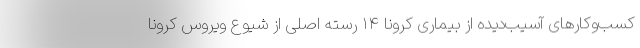
کسب‌وکارهای آسیب‌دیده از بیماری کرونا ۱۴ رسته اصلی از شیوع ویروس کرونا